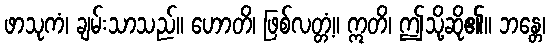
ဖာသုကံ၊ ချမ်းသာသည်။ ဟောတိ၊ ဖြစ်လတ္တံ့။ ဣတိ၊ ဤသို့ဆို၏။ ဘန္တေ၊